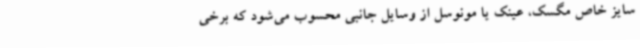
سایز خاص مگسک، عینک یا مونوسل از وسایل جانبی محسوب می‌شود که برخی